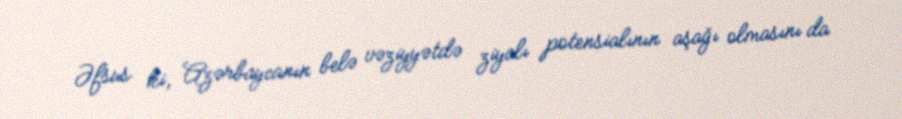
Əfsus ki, Azərbaycanın belə vəziyyətdə ziyalı potensialının aşağı olmasını da